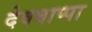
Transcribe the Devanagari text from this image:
देवबाप्पा